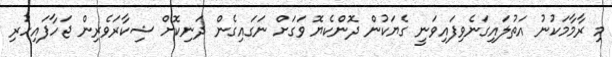
މި ރާމާމަކުނު އަތުލައިގަނެވިފައިވަނީ ގެޔަކުން ދޮންކެޔޮ ވަގަށް ނަގައިގެން ދަނިކޮށް ޝިކާރަވެރިން ޖަހާފައިހުރި